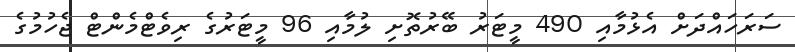
ސަރަހައްދަށް އެޅުމާއި 490 މީޓަރު ބޭރުތޮށި ލުމާއި 96 މީޓަރުގެ ރިވެޓްމެންޓް ޖެހުމުގެ